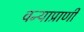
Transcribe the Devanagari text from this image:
वन्याप्राणी